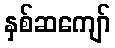
နှစ်ဆကျော်